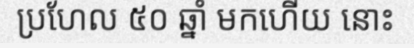
ប្រហែល ៥០ ឆ្នាំ មកហើយ នោះ